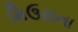
મિઉરાના